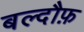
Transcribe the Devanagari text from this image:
बल्दौफ़